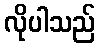
လိုပါသည်